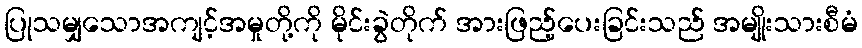
ပြုသမျှသောအကျင့်အမှုတို့ကို မိုင်းခွဲတိုက် အားဖြည့်ပေးခြင်းသည် အမျိုးသားစီမံ